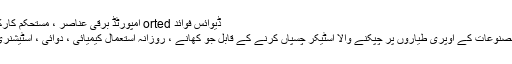
ڈیوائس فوائد orted امپورٹڈ برقی عناصر ، مستحکم کارکردگی ، کم ناکامی کی شرح؛ Ø…
اہم کارکردگی کی خصوصیات 1. مصنوعات کے اوپری طیاروں پر چپکنے والا اسٹیکر چسپاں کرنے کے قابل جو کھانے ، روزانہ استعمال کیمیائی ، دوائی ، اسٹیشنری اور دیگر صنعتوں سے ہوتے ہیں۔